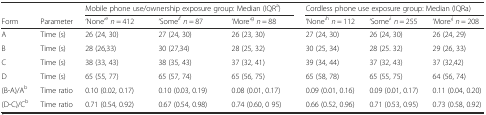
<table><thead><tr><td></td><td></td><td colspan="3"><b>Mobile phone use/ownership exposure group: Median (IQR<sup>a</sup>)</b></td><td colspan="3"><b>Cordless phone use exposure group: Median (IQRa)</b></td></tr><tr><td><b>Form</b></td><td><b>Parameter</b></td><td><b>‘None’<sup>e</sup><i>n</i> = 412</b></td><td><b>‘Some’<sup>f</sup><i>n</i> = 87</b></td><td><b>‘More’<sup>g</sup><i>n</i> = 88</b></td><td><b>‘None’<sup>h</sup><i>n</i> = 112</b></td><td><b>‘Some’<sup>i</sup><i>n</i> = 255</b></td><td><b>‘More’<sup>j</sup><i>n</i> = 208</b></td></tr></thead><tbody><tr><td>A</td><td>Time (s)</td><td>26 (24, 30)</td><td>27 (24, 30)</td><td>26 (23, 30)</td><td>27 (24, 30)</td><td>26 (24, 30)</td><td>26 (24, 29)</td></tr><tr><td>B</td><td>Time (s)</td><td>28 (26,33)</td><td>30 (27,34)</td><td>28 (25, 32)</td><td>30 (25, 34)</td><td>28 (25. 32)</td><td>29 (26, 33)</td></tr><tr><td>C</td><td>Time (s)</td><td>38 (33, 43)</td><td>38 (35, 43)</td><td>37 (32, 41)</td><td>39 (34, 44)</td><td>37 (32, 43)</td><td>37 (32,42)</td></tr><tr><td>D</td><td>Time (s)</td><td>65 (55, 77)</td><td>65 (57, 74)</td><td>65 (56, 75)</td><td>65 (58, 78)</td><td>65 (55, 75)</td><td>64 (56, 74)</td></tr><tr><td>(B-A)/A<sup>b</sup></td><td>Time ratio</td><td>0.10 (0.02, 0.17)</td><td>0.10 (0.03, 0.19)</td><td>0.08 (0.01, 0.17)</td><td>0.09 (0.01, 0.16)</td><td>0.09 (0.01, 0.17)</td><td>0.11 (0.04, 0.20)</td></tr><tr><td>(D-C)/C<sup>b</sup></td><td>Time ratio</td><td>0.71 (0.54, 0.92)</td><td>0.67 (0.54, 0.98)</td><td>0.74 (0.60, 0 95)</td><td>0.66 (0.52, 0.96)</td><td>0.71 (0.53, 0.95)</td><td>0.73 (0.58, 0.92)</td></tr></tbody></table>